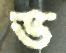
ভ